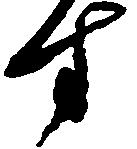
す